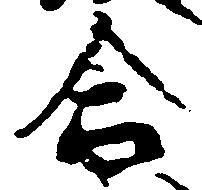
合